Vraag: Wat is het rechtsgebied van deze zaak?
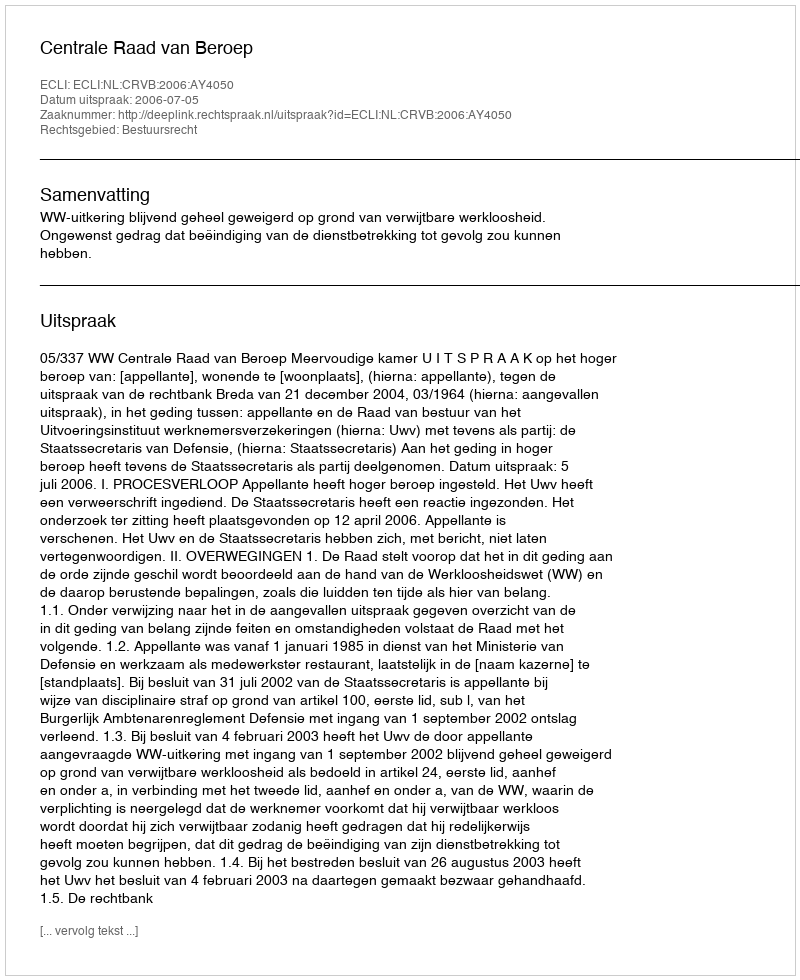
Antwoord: Bestuursrecht